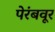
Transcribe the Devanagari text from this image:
पेरंबवूर